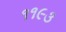
૧૧૯૩